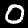
Digit: 0